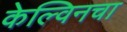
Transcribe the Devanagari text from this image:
केल्विनचा